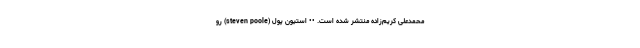
محمدعلی کریم‌زاده منتشر شده است. •• استیوِن پول (steven poole) رو